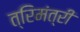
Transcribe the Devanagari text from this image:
त्रिमंत्री